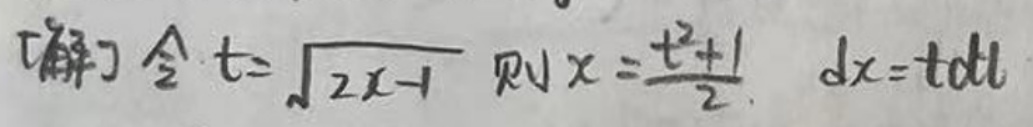
[解]令\[t=\sqrt{2x-1}\]则\[x=\frac{t^2+1}{2}, dx=tdt\]